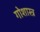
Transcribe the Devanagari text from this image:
गोशास्त्र